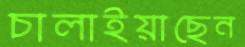
চালাইয়াছেন